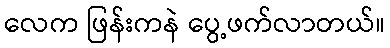
လေက ဖြန်းကနဲ ပွေ့ဖက်လာတယ်။